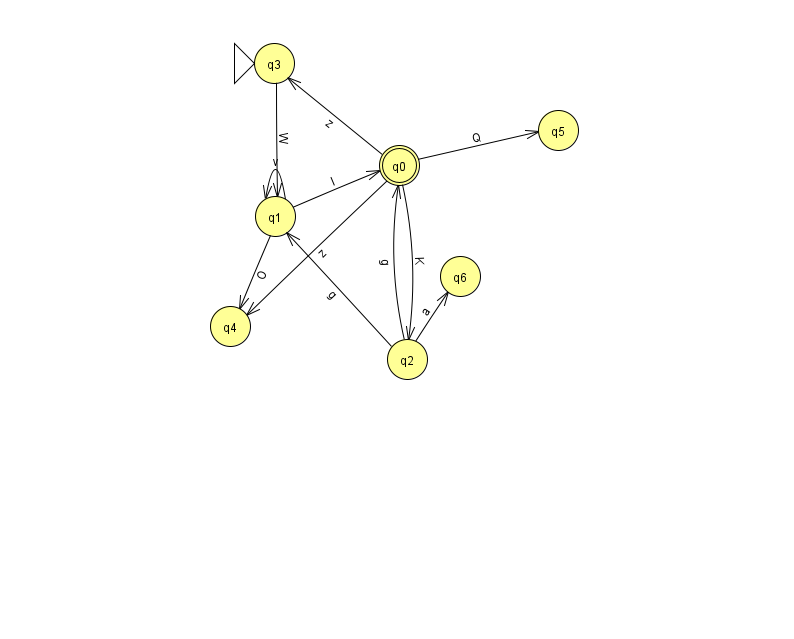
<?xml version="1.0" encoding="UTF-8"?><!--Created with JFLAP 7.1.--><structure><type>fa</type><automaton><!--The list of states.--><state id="0" name="q0"><x>399.0</x><y>152.0</y><final/></state><state id="1" name="q1"><x>275.0</x><y>203.0</y></state><state id="2" name="q2"><x>407.0</x><y>346.0</y></state><state id="3" name="q3"><x>274.0</x><y>50.0</y><initial/></state><state id="4" name="q4"><x>230.0</x><y>313.0</y></state><state id="5" name="q5"><x>558.0</x><y>117.0</y></state><state id="6" name="q6"><x>460.0</x><y>263.0</y></state><!--The list of transitions.--><transition><from>2</from><to>0</to><read>g</read></transition><transition><from>0</from><to>4</to><read>z</read></transition><transition><from>2</from><to>1</to><read>g</read></transition><transition><from>0</from><to>5</to><read>Q</read></transition><transition><from>1</from><to>4</to><read>O</read></transition><transition><from>2</from><to>6</to><read>a</read></transition><transition><from>0</from><to>3</to><read>z</read></transition><transition><from>1</from><to>1</to><read>v</read></transition><transition><from>3</from><to>1</to><read>W</read></transition><transition><from>0</from><to>2</to><read>K</read></transition><transition><from>1</from><to>0</to><read>l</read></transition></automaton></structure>